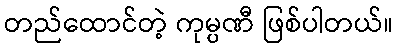
တည်ထောင်တဲ့ ကုမ္ပဏီ ဖြစ်ပါတယ်။